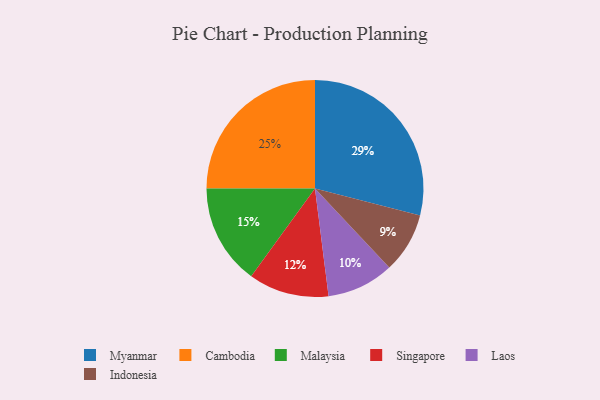
{"axis": {"x": "Category", "y": "Percentage"}, "legend": ["Cambodia", "Indonesia", "Laos", "Malaysia", "Myanmar", "Singapore"], "data": [{"x": "Singapore", "y": 12, "type": "Singapore"}, {"x": "Malaysia", "y": 15, "type": "Malaysia"}, {"x": "Myanmar", "y": 29, "type": "Myanmar"}, {"x": "Cambodia", "y": 25, "type": "Cambodia"}, {"x": "Laos", "y": 10, "type": "Laos"}, {"x": "Indonesia", "y": 9, "type": "Indonesia"}]}